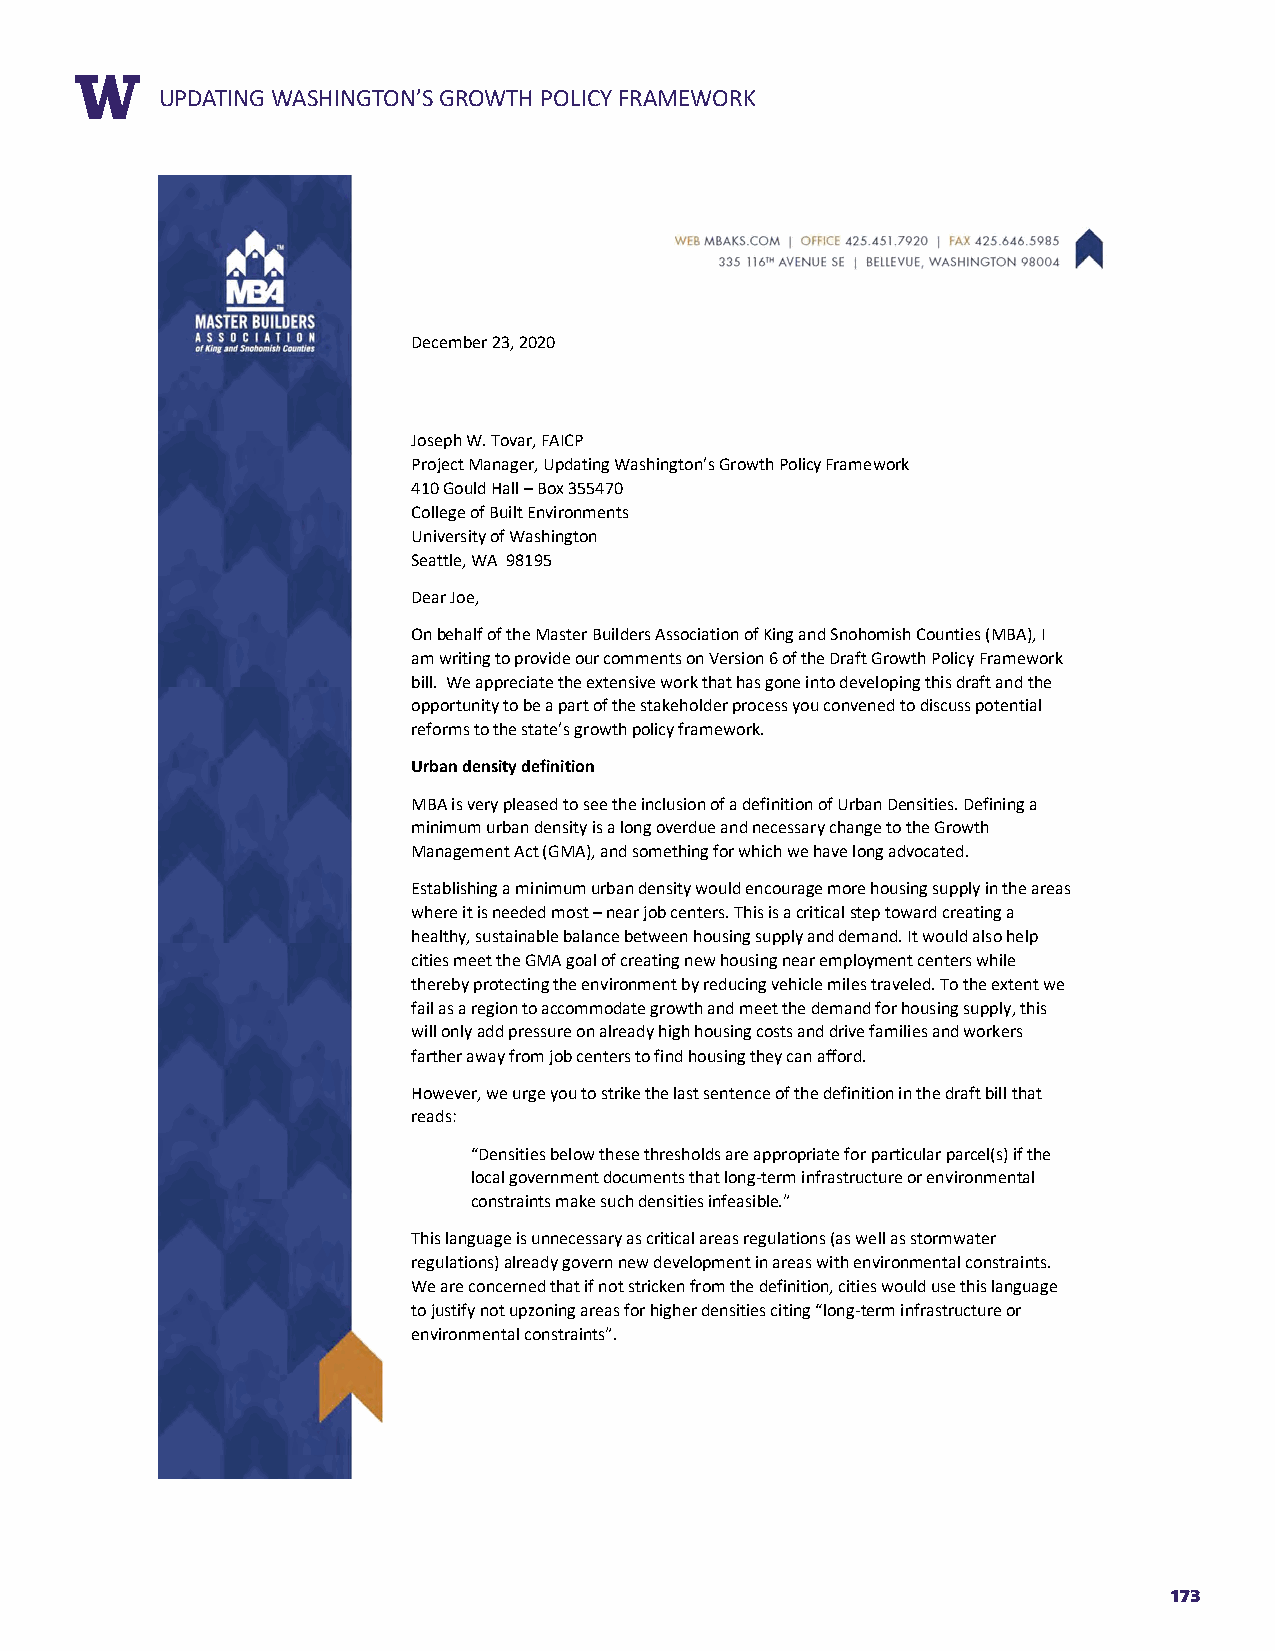
RUEPPDOARTTIN TGIT WLEASHINGTON’S GROWTH POLICY FRAMEWORK
 December 23, 2020
 Joseph W. Tovar, FAICP
 Project Manager, Updating Washington’s Growth Policy Framework
 410 Gould Hall – Box 355470
 College of Built Environments
 University of Washington
 Seattle, WA 98195
 Dear Joe,
 On behalf of the Master Builders Association of King and Snohomish Counties (MBA), I
 am writing to provide our comments on Version 6 of the Draft Growth Policy Framework
 bill. We appreciate the extensive work that has gone into developing this draft and the
 opportunity to be a part of the stakeholder process you convened to discuss potential
 reforms to the state’s growth policy framework.
 Urban density definition
 MBA is very pleased to see the inclusion of a definition of Urban Densities. Defining a
 minimum urban density is a long overdue and necessary change to the Growth
 Management Act (GMA), and something for which we have long advocated.
 Establishing a minimum urban density would encourage more housing supply in the areas
 where it is needed most – near job centers. This is a critical step toward creating a
 healthy, sustainable balance between housing supply and demand. It would also help
 cities meet the GMA goal of creating new housing near employment centers while
 thereby protecting the environment by reducing vehicle miles traveled. To the extent we
 fail as a region to accommodate growth and meet the demand for housing supply, this
 will only add pressure on already high housing costs and drive families and workers
 farther away from job centers to find housing they can afford.
 However, we urge you to strike the last sentence of the definition in the draft bill that
 reads:
 “Densities below these thresholds are appropriate for particular parcel(s) if the
 local government documents that long-term infrastructure or environmental
 constraints make such densities infeasible.”
 This language is unnecessary as critical areas regulations (as well as stormwater
 regulations) already govern new development in areas with environmental constraints.
 We are concerned that if not stricken from the definition, cities would use this language
 to justify not upzoning areas for higher densities citing “long-term infrastructure or
 environmental constraints”.
 173